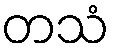
တသံ